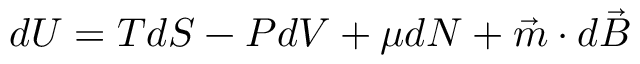
d U = T d S - P d V + \mu d N + \vec { m } \cdot d \vec { B }